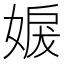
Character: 𡞬